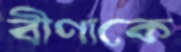
বীণাকে